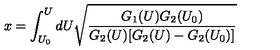
x = \int _ { U _ { 0 } } ^ { U } d U \sqrt { \frac { G _ { 1 } ( U ) G _ { 2 } ( U _ { 0 } ) } { G _ { 2 } ( U ) [ G _ { 2 } ( U ) - G _ { 2 } ( U _ { 0 } ) ] } }